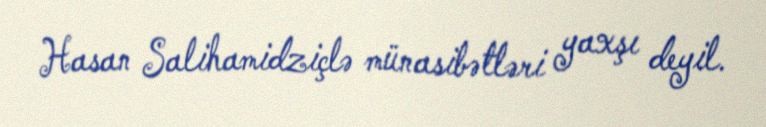
Hasan Salihamidziçlə münasibətləri yaxşı deyil.